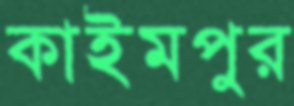
কাইমপুর